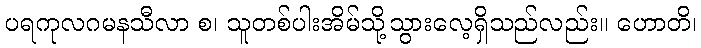
ပရကုလဂမနသီလာ စ၊ သူတစ်ပါးအိမ်သို့သွားလေ့ရှိသည်လည်း။ ဟောတိ၊